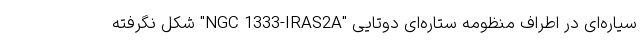
سیاره‌ای در اطراف منظومه ستاره‌ای دوتایی "NGC 1333-IRAS2A" شکل نگرفته